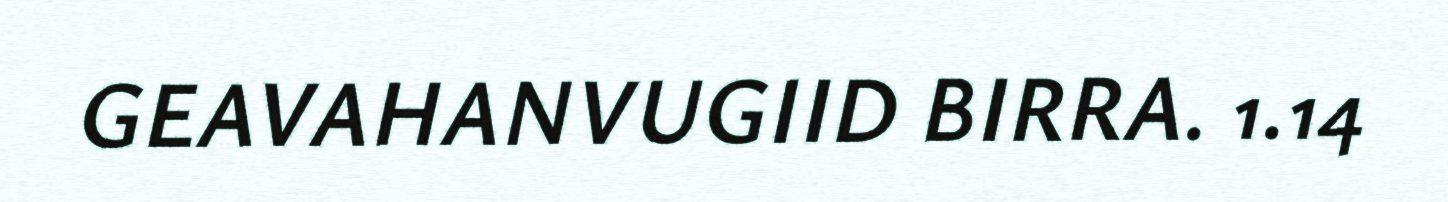
GEAVAHANVUGIID BIRRA. 1.14